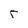
Character: r